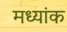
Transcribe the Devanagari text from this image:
मध्यांक